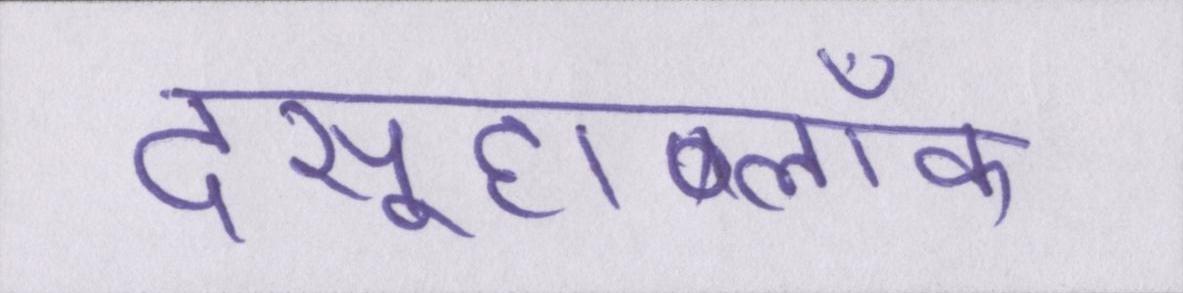
दसूहाब्लॉक